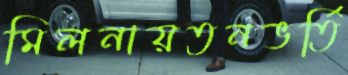
মিলনায়তনভর্তি